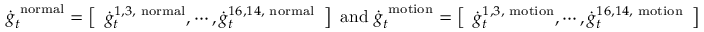
\dot { \boldsymbol g } _ { t } ^ { \mathrm { \scriptsize ~ n o r m a l } } = \left[ \begin{array} { l } { \dot { g } _ { t } ^ { 1 , 3 , \mathrm { \scriptsize ~ n o r m a l } } , \cdots , \dot { g } _ { t } ^ { 1 6 , 1 4 , \mathrm { \scriptsize ~ n o r m a l } } } \end{array} \right] \mathrm { ~ a n d ~ } \dot { \boldsymbol g } _ { t } ^ { \mathrm { \scriptsize ~ m o t i o n } } = \left[ \begin{array} { l } { \dot { g } _ { t } ^ { 1 , 3 , \mathrm { \scriptsize ~ m o t i o n } } , \cdots , \dot { g } _ { t } ^ { 1 6 , 1 4 , \mathrm { \scriptsize ~ m o t i o n } } } \end{array} \right]